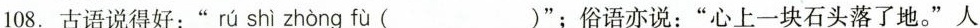
108.古语说得好：” rú shì zhòng fù ( )”；俗语亦说：”心上一块石头落了地。”人